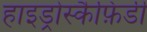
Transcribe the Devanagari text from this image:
हाइड्रोस्कैफ़िडी